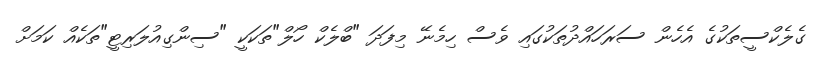
ގެލެކްސީތަކުގެ އެހެން ސަރަހައްދުތަކުގައި ވެސް ހިމެނޭ މިފަދަ "ބްލެކް ހޯލް"ތަކަކީ "ސިންގިއުލަރިޓީ"ތަކެއް ކަމަށް